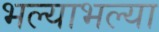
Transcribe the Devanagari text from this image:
भल्याभल्या